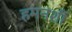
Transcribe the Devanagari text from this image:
हमनशीं